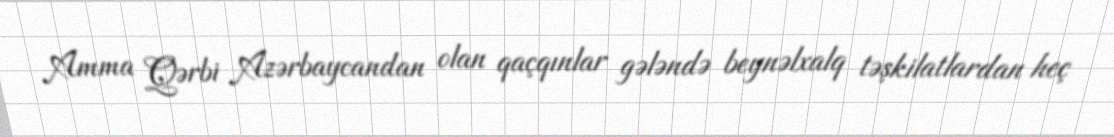
Amma Qərbi Azərbaycandan olan qaçqınlar gələndə beynəlxalq təşkilatlardan heç